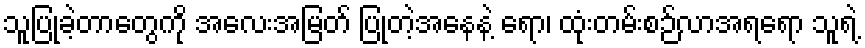
သူပြုခဲ့တာတွေကို အလေးအမြတ် ပြုတဲ့အနေနဲ့ ရော၊ ထုံးတမ်းစဉ်လာအရရော သူရဲ့